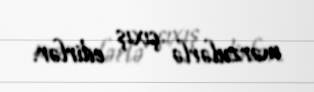
mərzulərlə çıxış edirlər.